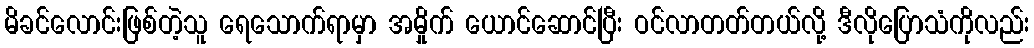
မိခင်လောင်းဖြစ်တဲ့သူ ရေသောက်ရာမှာ အမှိုက် ယောင်ဆောင်ပြီး ဝင်လာတတ်တယ်လို့ ဒီလိုပြောသံကိုလည်း